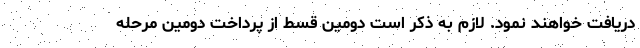
دریافت خواهند نمود. لازم به ذکر است دومین قسط از پرداخت دومین مرحله